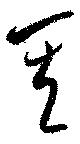
其